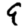
Digit: 9